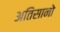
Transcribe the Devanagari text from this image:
अतिसानो